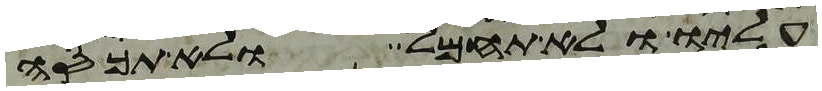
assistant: עליו ולא תחמל ולא תכסה